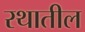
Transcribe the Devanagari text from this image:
रथातील